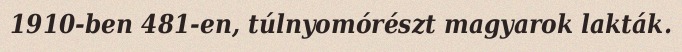
1910-ben 481-en, túlnyomórészt magyarok lakták.